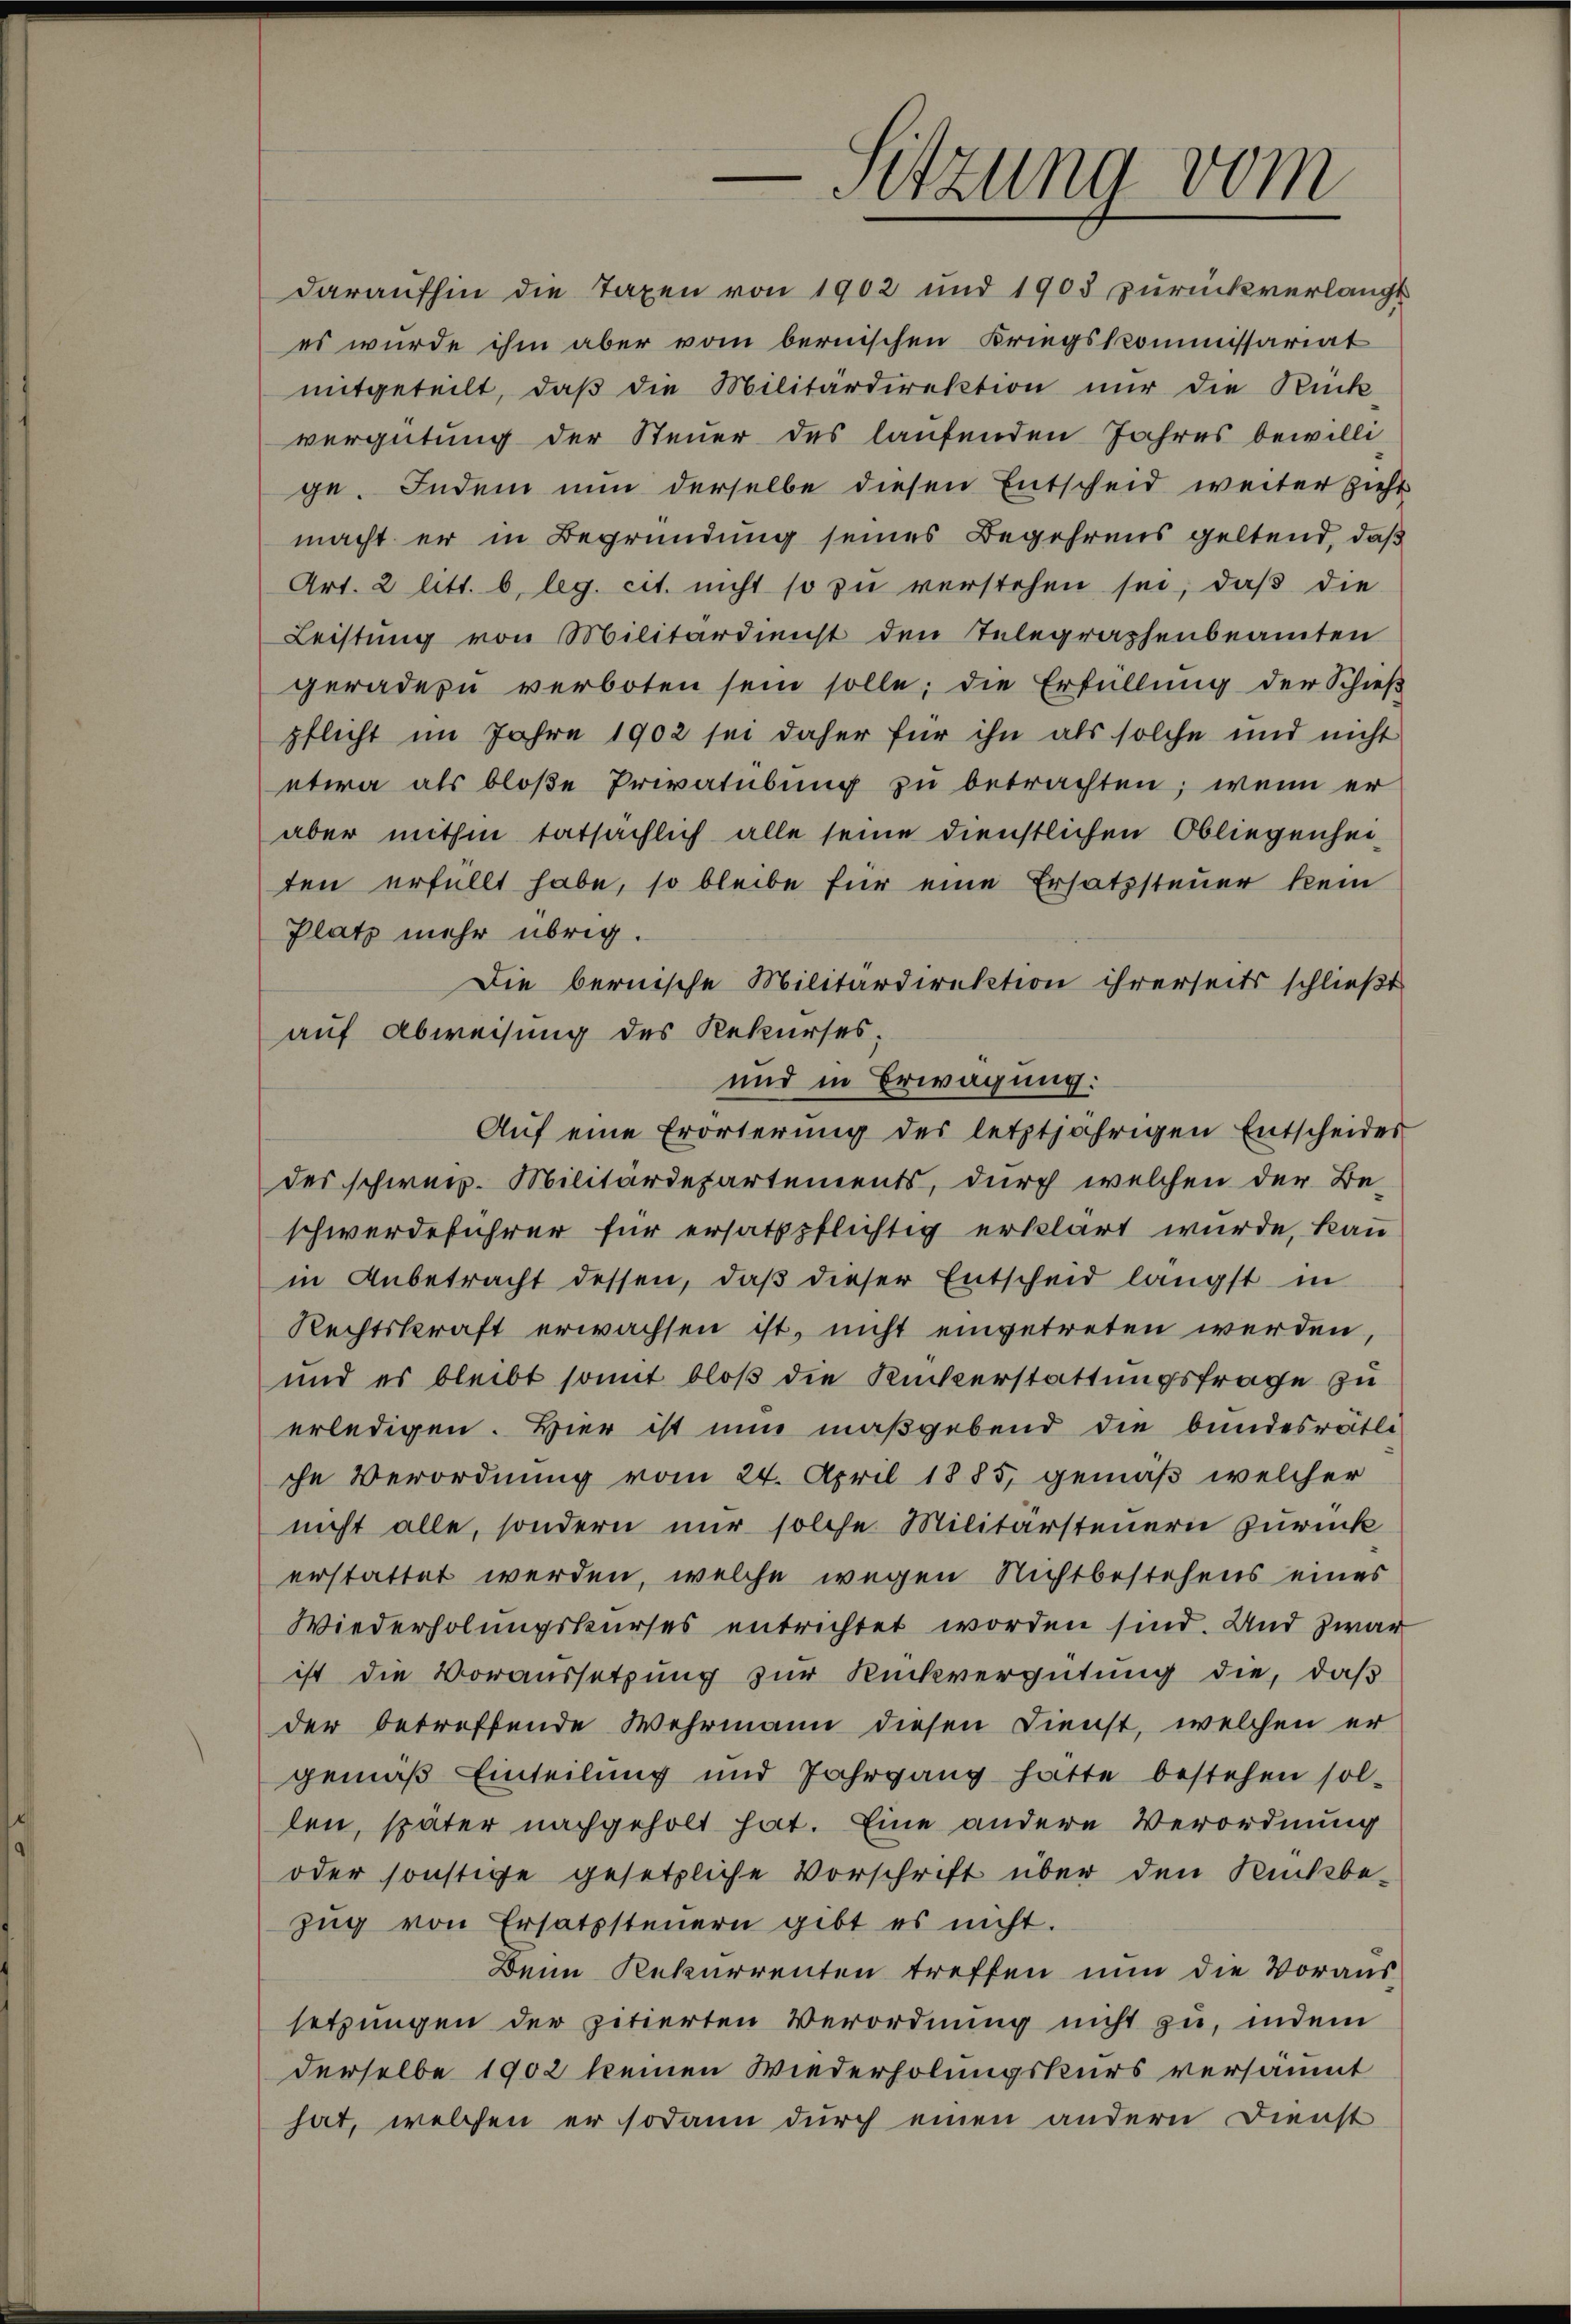
C
Sitzung vom

daraufhin die Taxen von 1902 und 1903 zurückverlangt
es wurde ihm aber vom bernischen Kriegskommissariat
mitgeteilt, daß die Militärdirektion nur die Rück
vergütung der Steuer des laufenden Jahres bewilli
ge. Indem nun derselbe diesen Entscheid weiter zieht
macht er in Begründung seines Begehrens geltend, daß
Art. 2 litt. b., leg. cit. nicht so zu verstehen sei, daß die
Leistung von Militärdienst den Telegraphenbeamten
geradezu verboten sein solle; die Erfüllung der Schieß
pflicht im Jahre 1902 sei daher für ihn als solche und nicht
etwa als bloße Privatübung zu betrachten; wenn er
aber mithin tatsächlich alle seine dienstlichen Obliegenheiten erfüllt habe, so bleibe für eine Ersatzsteuer kein
Platz mehr übrig.

Die bernische Militärdirektion ihrerseits schließt
auf Abweisung des Rekurses;
und in Erwägung:
Aŭf eine Erörterung des letztjährigen Entscheides
des schweiz. Militärdepartements, durch welchen der Be-
schwerdeführer für ersatzpflichtig erklärt wurde, kann
in Anbetracht dessen, daß dieser Entscheid längst in
Rechtskraft erwachsen ist, nicht eingetreten werden,
und es bleibt somit bloß die Ruckerstattungsfrage zu
erledigen. Hier ist nun maßgebend die bundesrätli-
che Verordnung vom 24. April 1885, gemäß welcher
nicht alle, sondern nur solche Militärsteuern zurück
erstattet werden, welche wegen Nichtbestehens eines
Wiederholungskurses entrichtet worden sind. Und zwar
ist die Voraussetzung zur Rückvergütung die, daß
der betreffende Wehrmann diesen Dienst, welchen er
gemäß Einteilung und Jahrgang hatte bestehen sol-
len, später nachgeholt hat. Eine andere Verordnung
oder sonstige gesetzliche Vorschrift über den Rückbe-
zŭg von Ersatzsteŭern gibt es nicht.
Dein Rekurrenten treffen nun die Voraussetzungen der zitierten Verordnung nicht zu, indem
derselbe 1902 keinen Wiederholungskurs versäumt
hat, welchen er sodann durch einen andern Dienst